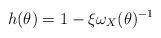
LaTeX: \begin{align*}h(\theta) = 1 - \xi \omega_X(\theta)^{-1} \end{align*}